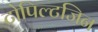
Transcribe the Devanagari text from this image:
टोपिल्टजिन